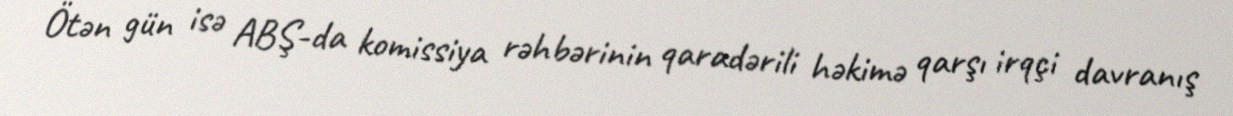
Ötən gün isə ABŞ-da komissiya rəhbərinin qaradərili həkimə qarşı irqçi davranış